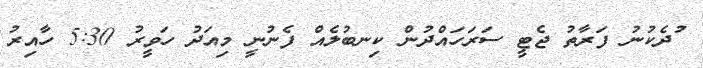
ުދެކުނު ފަރާތު ޖެޓީ ސަރަހައްދުން ކިނބުލެއް ފެނުނީ މިއަދު ހަވީރު 5:30 ހާއިރު